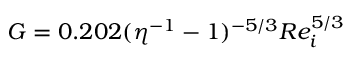
G = 0 . 2 0 2 ( \eta ^ { - 1 } - 1 ) ^ { - 5 / 3 } R e _ { i } ^ { 5 / 3 }